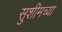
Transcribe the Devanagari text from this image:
सुशीमच्या